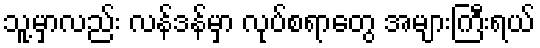
သူ့မှာလည်း လန်ဒန်မှာ လုပ်စရာတွေ အများကြီးရယ်